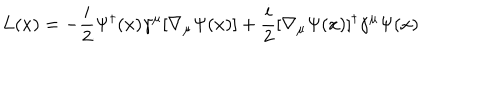
L ( x ) = - { \frac { i } { 2 } } \Psi ^ { \dagger } ( x ) \gamma ^ { \mu } [ \nabla _ { \mu } \Psi ( x ) ] + { \frac { i } { 2 } } [ \nabla _ { \mu } \Psi ( x ) ] ^ { \dagger } \gamma ^ { \mu } \Psi ( x )